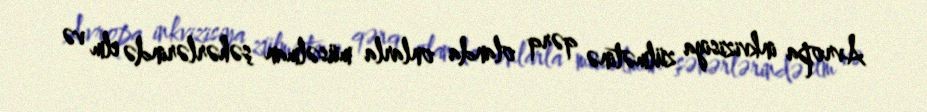
Avropa inkvizisiya zülmətinə qərq olanda onlarla müsəlman şəhərlərində elm və